Report on enteric fever
Disease focus: Fever
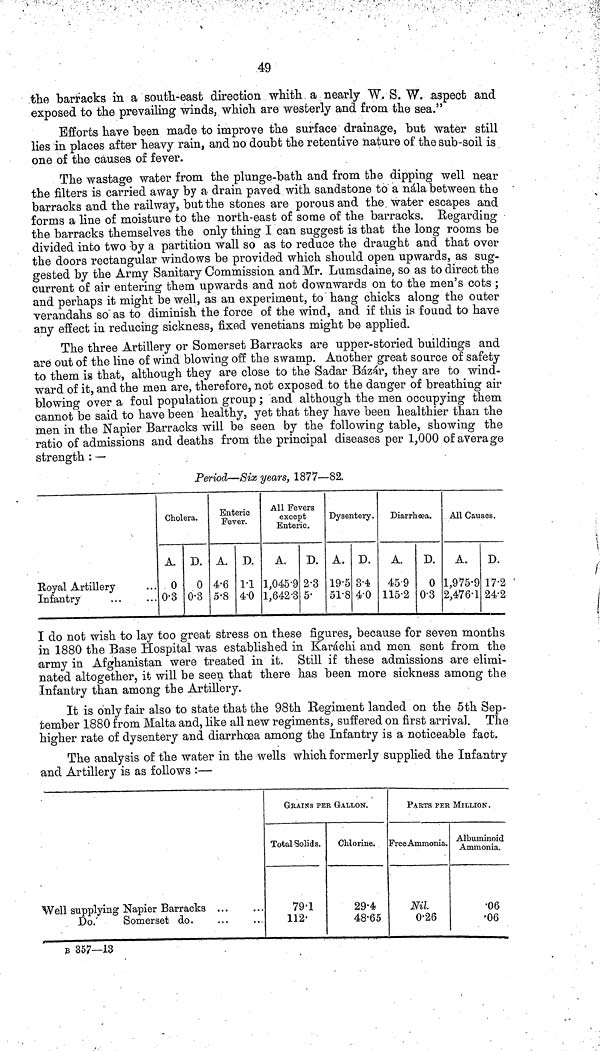
49
the barracks in a south-east direction whith a nearly W. S. W. aspect and
exposed to the prevailing winds, which are westerly and from the sea."
Efforts have been made to improve the surface drainage, but water still
lies in places after heavy rain, and no doubt the retentive nature of the sub-soil is
one of the causes of fever.
The wastage water from the plunge-bath and from the dipping well near
the filters is carried away by a drain paved with sandstone to a nála between the
barracks and the railway, but the stones are porous and the water escapes and
forms a line of moisture to the north-east of some of the barracks. Regarding
the barracks themselves the only thing I can suggest is that the long rooms be
divided into two by a partition wall so as to reduce the draught and that over
the doors rectangular windows be provided which should open upwards, as sug-
gested by the Army Sanitary Commission and Mr. Lurnsdaine, so as to direct the
current of air entering them upwards and not downwards on to the men's cots ;
and perhaps it might be well, as an experiment, to hang chicks along the outer
verandahs so as to diminish the force of the wind, and if this is found to have
any effect in reducing sickness, fixed Venetians might be applied.
The three Artillery or Somerset Barracks are upper-storied buildings and
are out of the line of wind blowing off the swamp. Another great source of safety
to them is that, although they are close to the Sadar Bázár, they are to wind-
ward of it, and the men are, therefore, not exposed to the danger of breathing air
blowing over a foul population group ; and although the men occupying them
cannot be said to have been healthy, yet that they have been healthier than the
men in the Napier Barracks will be seen by the following table, showing the
ratio of admissions and deaths from the principal diseases per 1,000 of average
strength : —
Period—Six years, 1877—82.
Royal Artillery
Infantry
Cholera.
A
0
0 3
D.
0
0 3
Enteric
Fever.
A.
4 6
5 8
D.
1 1
40
All Fevers
except
Entefic.
A.
1,045 9
1,642 3
D.
2 3
5
Dysentery.
A.
19 5
51 8
D.
3 4
4 0
Diarrhoea.
A.
45 9
115 2
D.
0
0 3
All Causes.
A.
1,975 9
2,476 1
D.
17 2
24 2
I do not wish to lay too great stress on these figures, because for seven months
in 1880 the Base Hospital was established in Karáchi and men sent from the
army in Afghanistan were treated in it. Still if these admissions are elimi-
nated altogether, it will be seen that there has been more sickness among the
Infantry than among the Artillery.
It is only fair also to state that the 98th Regiment landed on the 5th Sep-
tember 1880 from Malta and, like all new regiments, suffered on first arrival. The
higher rate of dysentery and diarrhœa among the Infantry is a noticeable fact.
The analysis of the water in the wells which formerly supplied the Infantry
and Artillery is as follows :—
Well supplying Napier Barracks
Do.
Somerset do.
GRAINS PER GALLON.
Total Solids.
79 1
112
Chlorine.
29 4
48 65
PARTS PER MILLION.
Free Ammonia.
Nil
0 26
Albuminoid
Ammonia.
06
06
B 357—13